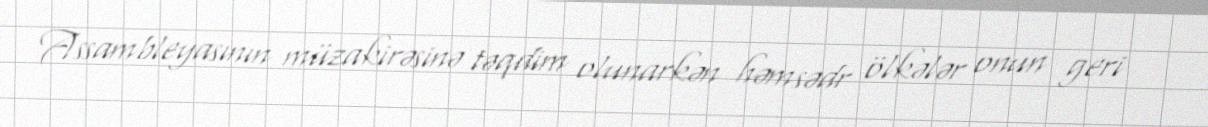
Assambleyasının müzakirəsinə təqdim olunarkən həmsədr ölkələr onun geri